Report of an investigation of the epidemic of malarial fever in Assam, or, kala-azar
Disease focus: Malaria
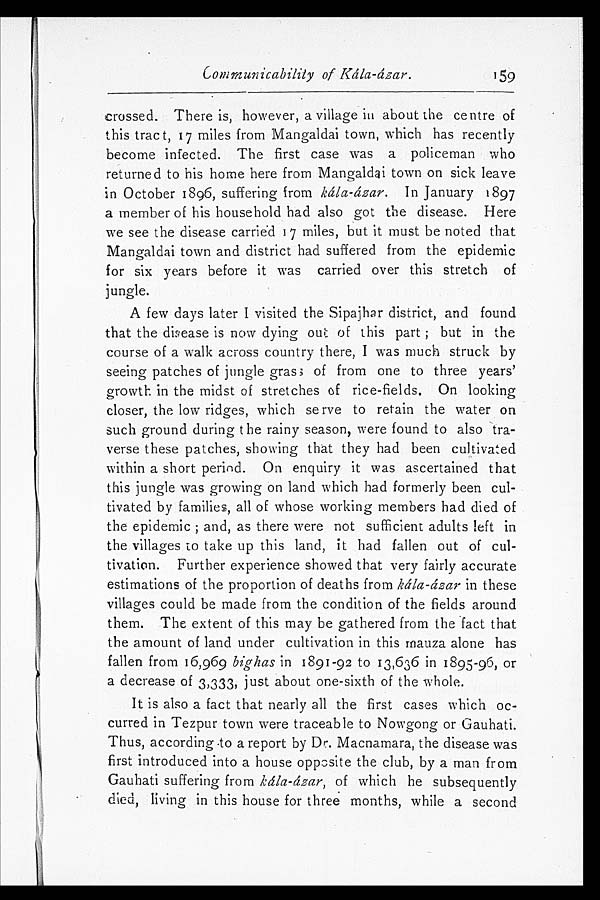
Communicability of Kála-ázar.
159
crossed. There is, however, a village in about the centre of
this tract, 17 miles from Mangaldai town, which has recently
become infected. The first case was a policeman who
returned to his home here from Mangaldai town on sick leave
in October 1896, suffering from kála-ázar. In January 1897
a member of his household had also got the disease. Here
we see the disease carried 17 miles, but it must be noted that
Mangaldai town and district had suffered from the epidemic
for six years before it was carried over this stretch of
jungle.
A few days later I visited the Sipajhar district, and found
that the disease is now dying out of this part; but in the
course of a walk across country there, I was much struck by
seeing patches of jungle gras; of from one to three years'
growth in the midst of stretches of rice-fields. On looking
closer, the low ridges, which se rve to retain the water on
such ground during t he rainy season, were found to also tra
-verse these patches, showing that they had been cultivated
within a short period. On enquiry it was ascertained that
this jungle was growing on land which had formerly been cul
-tivated by families, all of whose working members had died of
the epidemic; and, as there were not sufficient adults left in
the villages to take up this land, it had fallen out of cul
-tivation. Further experience showed that very fairly accurate
estimations of the proportion of deaths from kála-ázar in these
villages could be made from the condition of the fields around
them. The extent of this may be gathered from the fact that
the amount of land under cultivation in this rnauza alone has
fallen from 16,969 big has in 1891-92 to 13,636 in 1895-96, or
a decr eas e of 3, 333, j us t about one- s i xt h of t he whol e.
It is also a fact that nearly all the first cases which oc
- c u r r e d i n T e z p u r t o w n w e r e t r a c e a b l e t o N o w g o n g o r G a u h a t i .
Thus, according to a report by Macnamara, the disease was
first introduced into a house opposite the club, by a man from
Gauhati suffering from kála-ázar, of which he subsequently
died, living in this house for three months, while a second